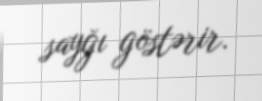
sayğı göstərir.